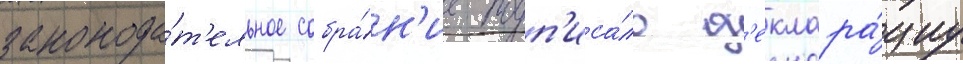
законода́т'ельное собра́н'ие подп'иса́ло д'еклара́циу